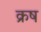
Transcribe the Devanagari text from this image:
क्रष